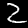
Label: 2